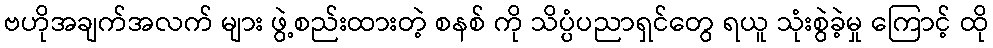
ဗဟိုအချက်အလက် များ ဖွဲ့စည်းထားတဲ့ စနစ် ကို သိပ္ပံပညာရှင်တွေ ရယူ သုံးစွဲခဲ့မှု ကြောင့် ထို